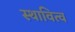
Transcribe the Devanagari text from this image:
स्थावित्व